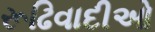
રૂઢિવાદીઓ